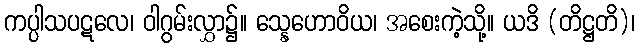
ကပ္ပါသပဋလေ၊ ဝါဂွမ်းလွှာ၌။ သ္နေဟောဝိယ၊ အစေးကဲ့သို့။ ယဒိ (တိဋ္ဌတိ)၊